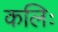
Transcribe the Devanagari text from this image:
कलिः